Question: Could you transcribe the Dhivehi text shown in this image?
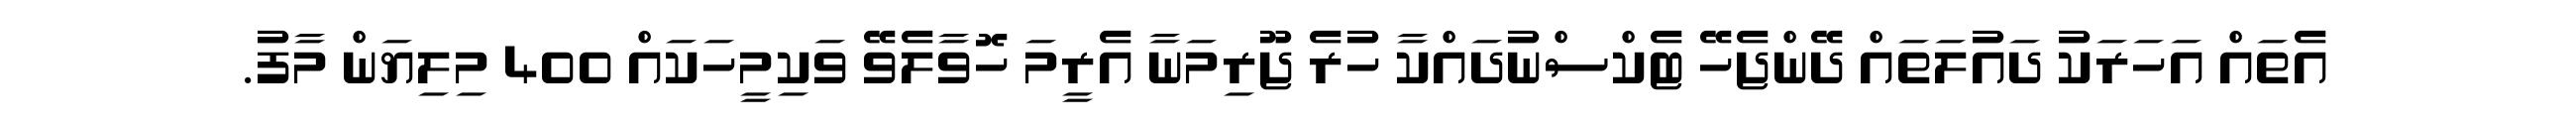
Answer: އެތައް އަހަރަކު ދައުލަތައް ދޭންޖެހޭ ޓެކްސްނުދައްކާ ހުރެ ޖޫރިމަނާ އެރީމަ ހޮވާލެވޭ ވަކިމީހަކައް 400 މިލިޔަން މާފު.